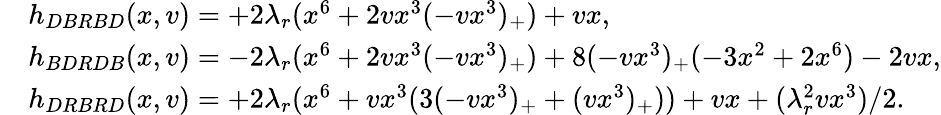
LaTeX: \begin{array}{rl}&{h_{DBRBD}(x,v)=+2\lambda_{r}(x^{6}+2vx^{3}(-vx^{3})_{+})+vx,}\\ &{h_{BDRDB}(x,v)=-2\lambda_{r}(x^{6}+2vx^{3}(-vx^{3})_{+})+8(-vx^{3})_{+}(-3x^{2}+2x^{6})-2vx,}\\ &{h_{DRBRD}(x,v)=+2\lambda_{r}(x^{6}+vx^{3}(3(-vx^{3})_{+}+(vx^{3})_{+}))+vx+(\lambda_{r}^{2}vx^{3})/2.}\end{array}